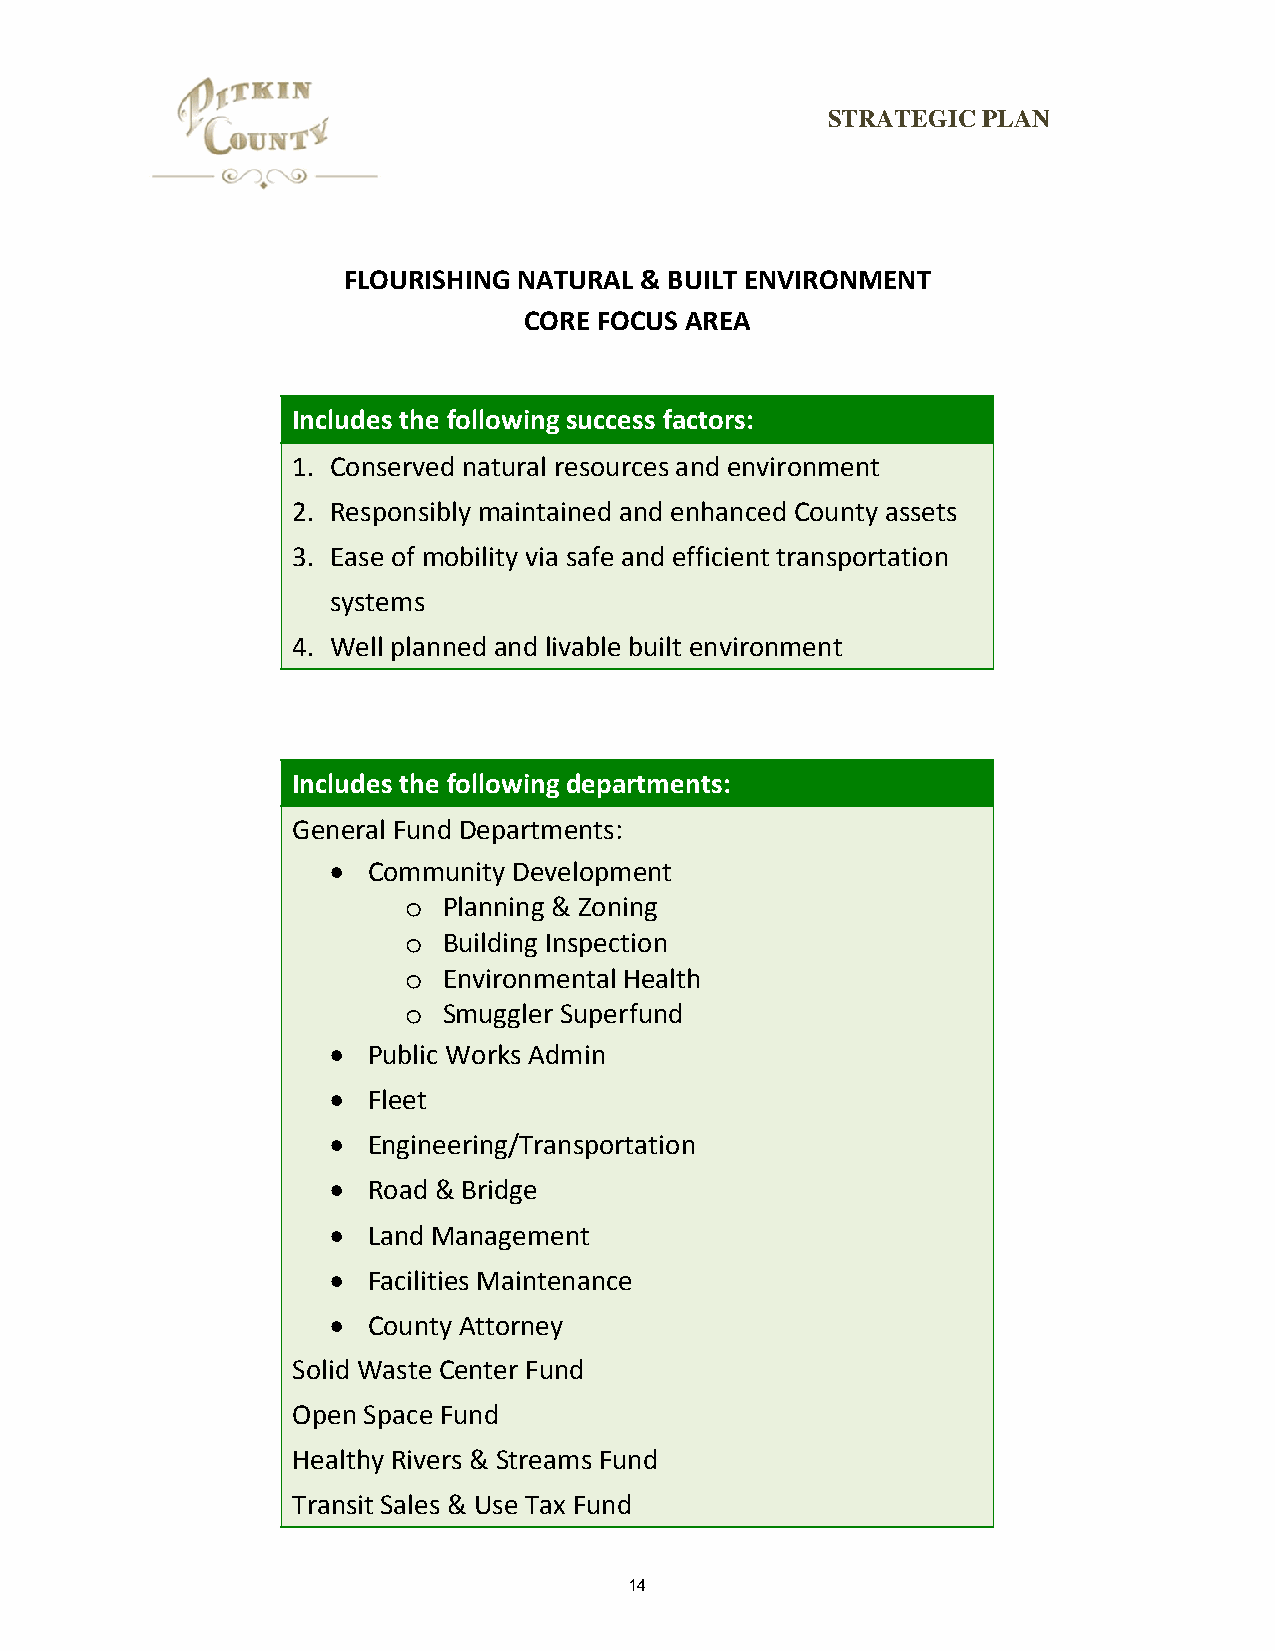
STRATEGIC PLAN
 FLOURISHING NATURAL & BUILT ENVIRONMENT
 CORE FOCUS AREA
 Includes the following success factors:
 1. Conserved natural resources and environment
 2. Responsibly maintained and enhanced County assets
 3. Ease of mobility via safe and efficient transportation
 systems
 4. Well planned and livable built environment
 Includes the following departments:
 General Fund Departments:
  Community Development
 o Planning & Zoning
 o Building Inspection
 o Environmental Health
 o Smuggler Superfund
  Public Works Admin
  Fleet
  Engineering/Transportation
  Road & Bridge
  Land Management
  Facilities Maintenance
  County Attorney
 Solid Waste Center Fund
 Open Space Fund
 Healthy Rivers & Streams Fund
 Transit Sales & Use Tax Fund
 14